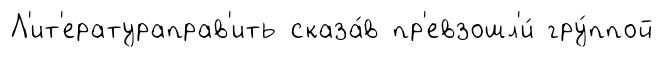
Л'ит'ератураправ'ить сказа́в пр'евзошл'и́ гру́ппой